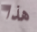
هذا